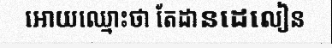
អោយឈ្មោះថា តែដានដេលៀន